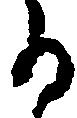
る